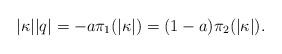
LaTeX: \begin{align*}|\kappa| |q|=-a \pi_1(|\kappa|)= (1-a) \pi_2(|\kappa|).\end{align*}